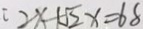
2 x + \sqrt { 2 } x = 6 8